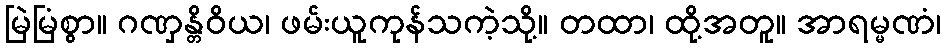
မြဲမြံစွာ။ ဂဏှန္တိဝိယ၊ ဖမ်းယူကုန်သကဲ့သို့။ တထာ၊ ထို့အတူ။ အာရမ္မဏံ၊